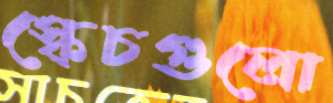
স্কেচগুলো